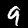
Digit: 9